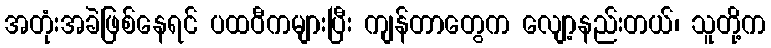
အတုံးအခဲဖြစ်နေရင် ပထဝီကများပြီး ကျန်တာတွေက လျော့နည်းတယ်၊ သူတို့က